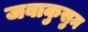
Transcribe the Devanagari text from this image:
जबाकुसुम